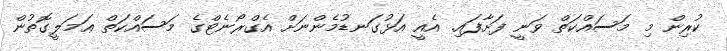
ކުރިން މި މަސައްކަތް ވަނީ ފަށާފައި. އެއީ އަޅުގަނޑުމެންނަށް އެގްރޯނެޓްގެ މަސައްކަތް ޢަމަލީގޮތުން